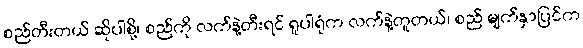
စည်တီးတယ် ဆိုပါစို့၊ စည်ကို လက်နဲ့တီးရင် ရူပါရုံက လက်နဲ့တူတယ်၊ စည် မျက်နှာပြင်က